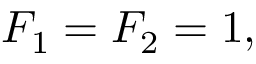
F _ { 1 } = F _ { 2 } = 1 ,